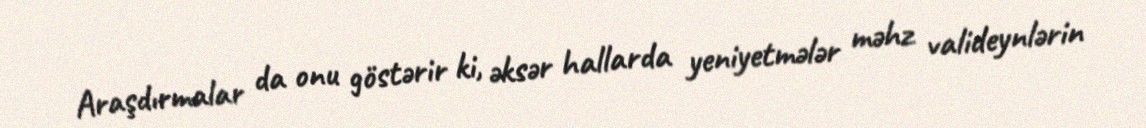
Araşdırmalar da onu göstərir ki, əksər hallarda yeniyetmələr məhz valideynlərin